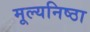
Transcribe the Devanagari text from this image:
मूल्यनिष्ठा